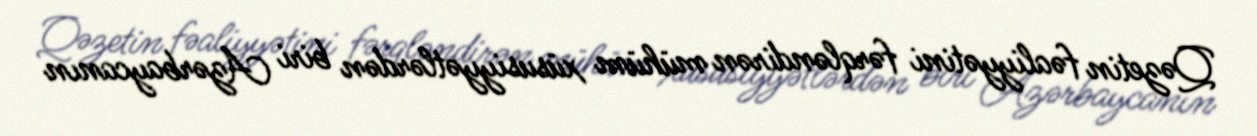
Qəzetin fəaliyyətini fərqləndirən mühüm xüsusiyyətlərdən biri Azərbaycanın